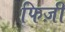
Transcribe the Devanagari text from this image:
फिज़ी